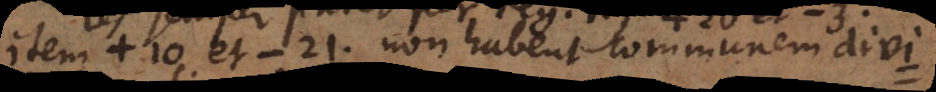
item +10 et − 21, non habent communem divi